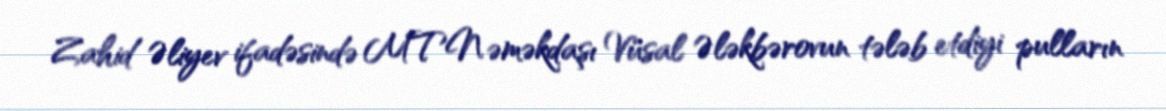
Zahid Əliyev ifadəsində MTN əməkdaşı Vüsal Ələkbərovun tələb etdiyi pulların